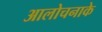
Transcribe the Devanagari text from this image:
आलोचनाके